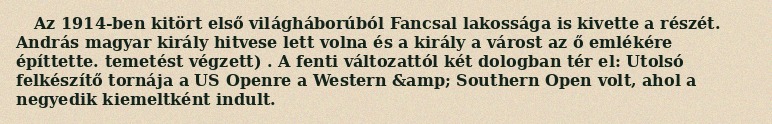
Az 1914-ben kitört első világháborúból Fancsal lakossága is kivette a részét. András magyar király hitvese lett volna és a király a várost az ő emlékére építtette. temetést végzett) . A fenti változattól két dologban tér el: Utolsó felkészítő tornája a US Openre a Western &amp; Southern Open volt, ahol a negyedik kiemeltként indult.